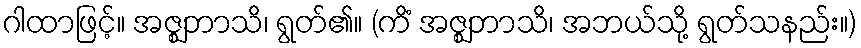
ဂါထာဖြင့်။ အဇ္ဈဘာသိ၊ ရွတ်၏။ (ကိံ အဇ္ဈဘာသိ၊ အဘယ်သို့ ရွတ်သနည်း။)